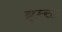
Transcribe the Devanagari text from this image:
ब्रूम्स